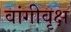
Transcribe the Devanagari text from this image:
वांगीवृक्ष